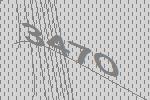
3470